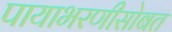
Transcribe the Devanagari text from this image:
पायाभरणीसोबत